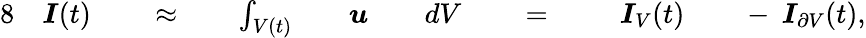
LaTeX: \begin{array}{rlrlrlrlrlrlrlrl}{{8}}&{{}\boldsymbol{I}(t)}&{}&{{}\approx}&{}&{{}\int_{V(t)}}&{}&{{}\boldsymbol{u}}&{}&{{}dV}&{}&{{}=\; }&{}&{{}\; \boldsymbol{I}_{V}(t)}&{}&{{}-\: \boldsymbol{I}_{\partial V}(t),}\end{array}